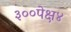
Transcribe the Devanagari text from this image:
३००पेक्ष४